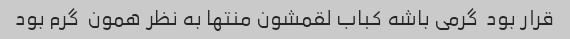
قرار بود  گرمی باشه کباب لقمشون منتها به نظر همون  گرم بود